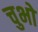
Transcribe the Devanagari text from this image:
चुभो